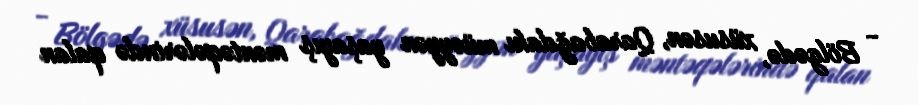
- Bölgədə, xüsusən, Qarabağdakı müəyyən yaşayış məntəqələrində qalan